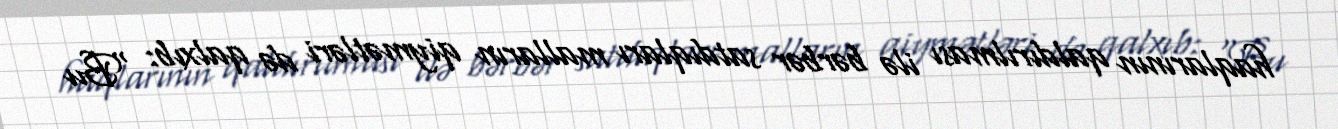
haqlarının qaldırılması ilə bərbər satdıqları malların qiymətləri də qalxıb: “Bu